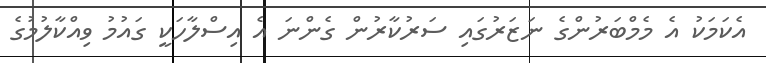
އެކަމަކު އެ މެމްބަރުންގެ ނަޒަރުގައި ސަރުކާރުން ގެންނަ އެ އިސްލާހަކީ ގައުމު ވިއްކާލުމުގެ